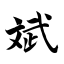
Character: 斌